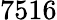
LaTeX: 7516